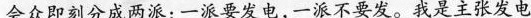
会众即刻分成两派：一派要发电，一派不要发。我是主张发电